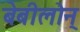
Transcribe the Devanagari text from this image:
बेबीलोन्